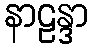
နာဠန္ဒာ